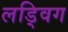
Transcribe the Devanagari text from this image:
लड्विग